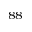
^ { 8 8 }